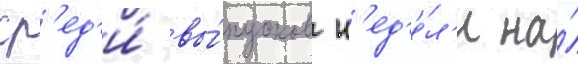
ср'ед'и́ вы́пусков н'ед'е́л'и на́